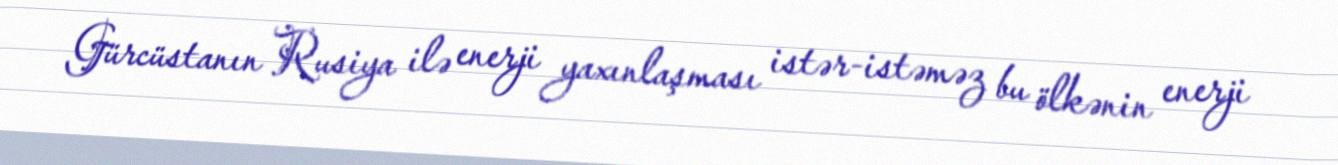
Gürcüstanın Rusiya ilə enerji yaxınlaşması istər-istəməz bu ölkənin enerji